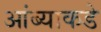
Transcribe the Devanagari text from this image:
आंब्याकडे